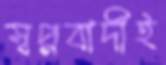
স্বপ্নবাদীই